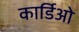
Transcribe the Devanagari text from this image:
कार्डिओ